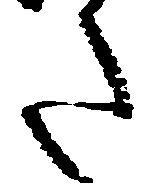
た